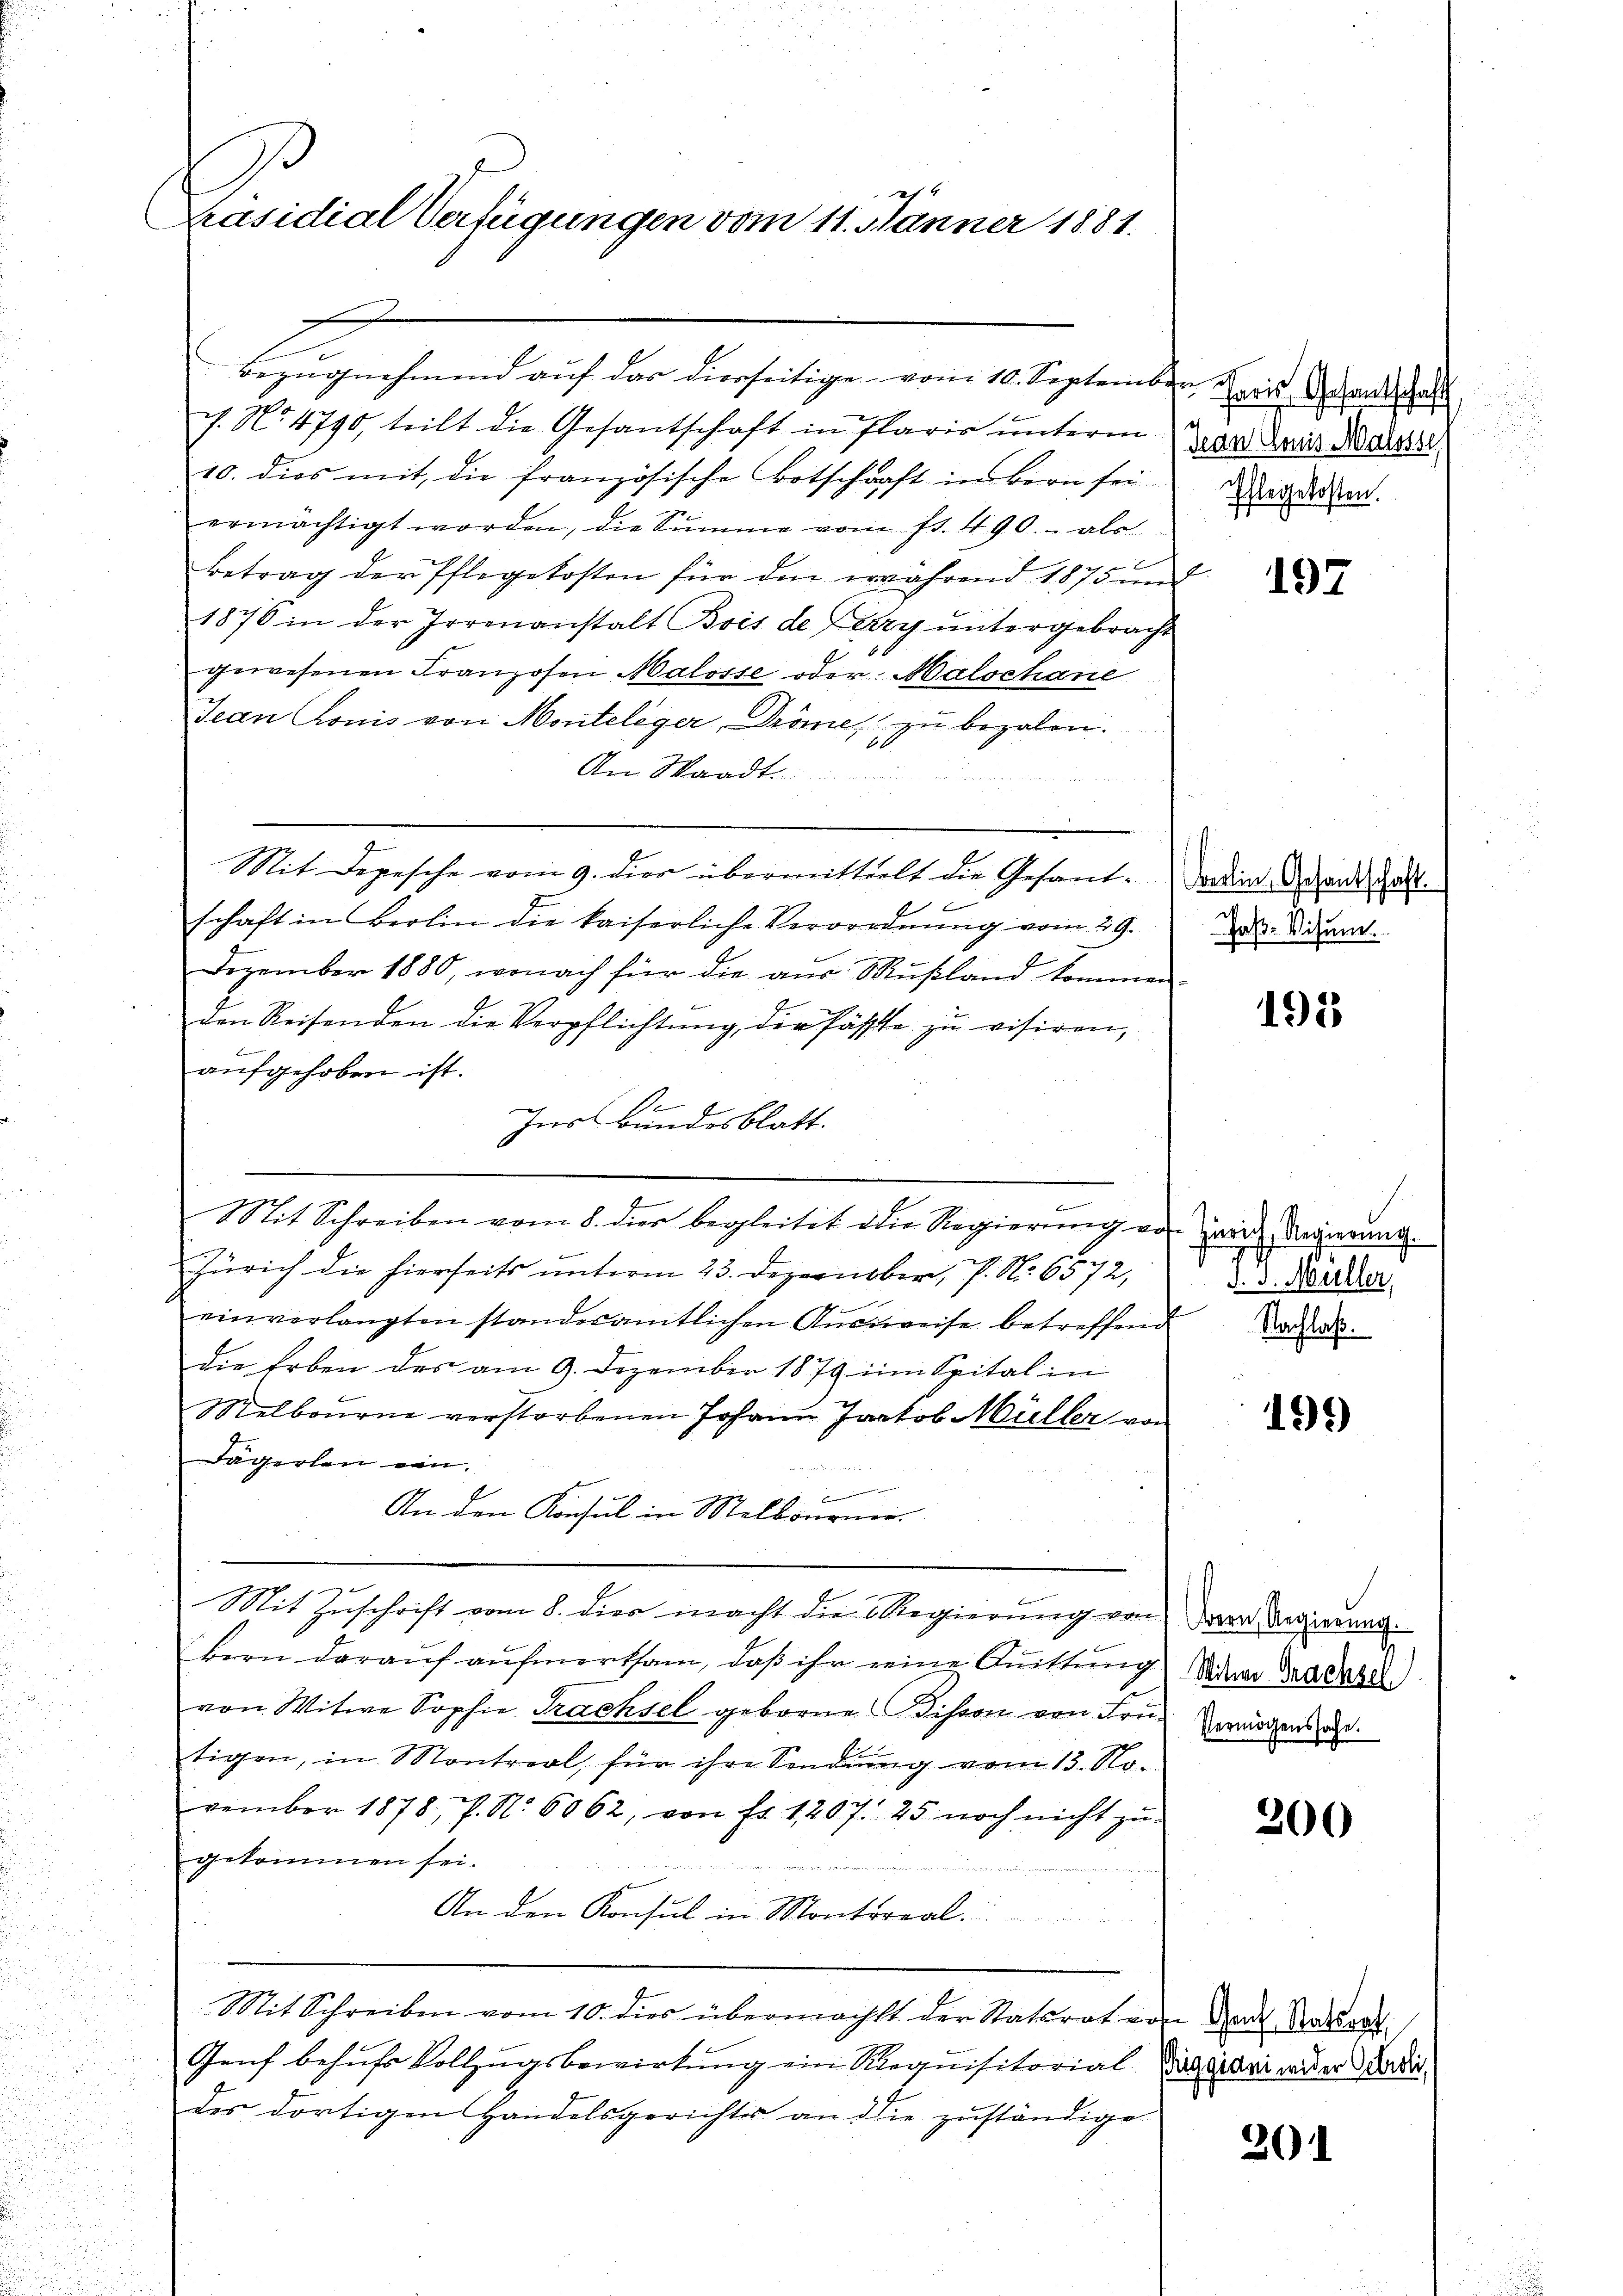
Präsidial Verfügungen vom 11. Jänner 1881.

Bezugnehmend auf das dierseitige vom 10. September
. No 4790, teilt die Gesantschaft in Plaris unterm 24. Das diese
10. dies mit die französische Botschaft in Bern sei
ermächtigt worden, die Summe vom fr. 490. als
Betrag der Pflegekosten für den während 1875 und
1876 in der Irrenanstalt Bris de Cry untergebracht
gewesenen Franzosen Malosse oder Malschane
Jean Chonis von Monteliger, Dröme zu bezalen.
Am Waadt.
Mit Depesche vom 9. dier übermittelt die Gesant. Da die der andestalt.
schaft in Berlin die kaiserliche Verordnung vom 29.
Dezember 1880, wonach für die aŭs Mŭsland kommen
den Reisenden die Verpflichtŭng der fasste zu visiren,
aufgehoben ist.
1
Ins Bundesblatt.
a
e
Mit Schreiben vom 8. dier begleitet die Regierŭng von Herr Regierung.
b
Zürich die hierseits unterm 23. Dezember, P. Nr. 6572,
einverlangten standesamtlichen Aŭsweise betreffend Nadas
die Erben des am 9. Dezember 1879 im Spital in
Melbourne verstorbenen Johann Jackob Müller von
Dägerlen ein
An den Konsul in Melbourner-
Mit Zuschrift vom 8. dies macht die Regierung von den Serierung
bern darauf aufmerksam, daß ihr eine Quittung an Sache
von Witwe Sophie Trachsel geborne Bision von Fru-
tigen, in Montreal, für ihre Sendung vom 13. No-
vember 1878, P. Nr. 6062, von fr. 1207. 25 noch nicht zu
gekommen sei.
An den Konsul in Montereal
Mit Schreiben vom 10. dies übermacht der Statsrat von der Natort
Genf behufs Vollzugsbewirkung ein Requisitorial-Vicarianer Ladis
des dortigen Handelsgerichtes an die zuständige

Paris Gesandtschaft
Ehlegekosten.

197

Joß-Visum.

192

d. J. Müller,

195)

1
Vermögenssache.

200

201